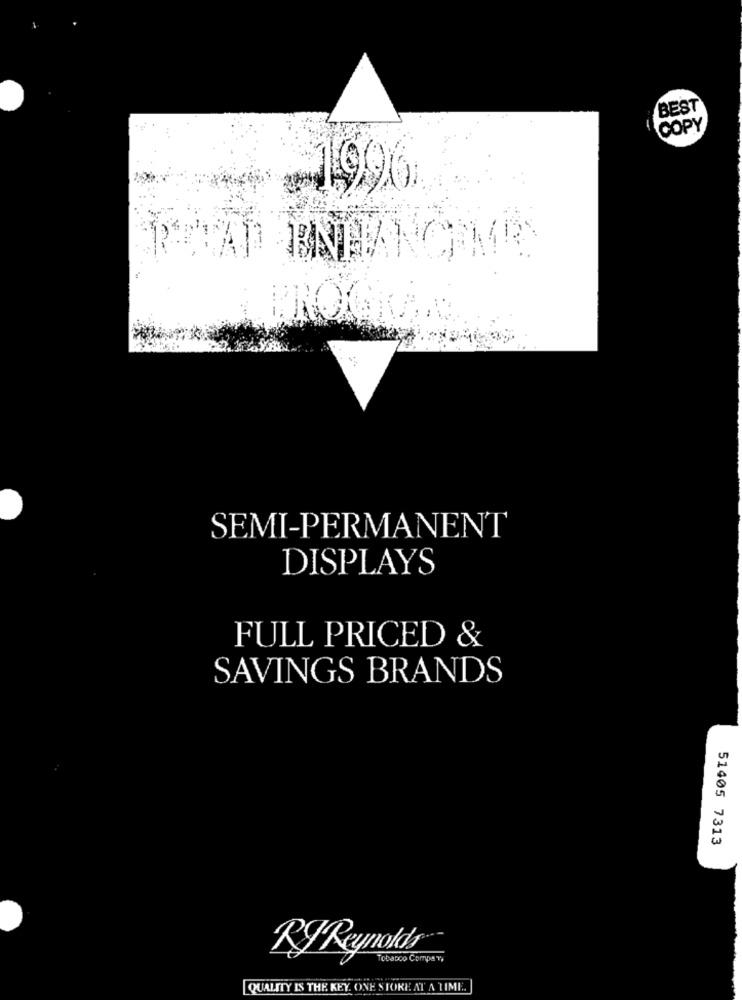
BEST
COPY
1996
MITAD ENHANCE KR
SEMI-PERMANENT
DISPLAYS
FULL PRICED &
SAVINGS BRANDS
51405 7313
RyReynolds-
Tobacco Compar,
QUALITY IS THE KEY. ONE STOKE AT A TIME.